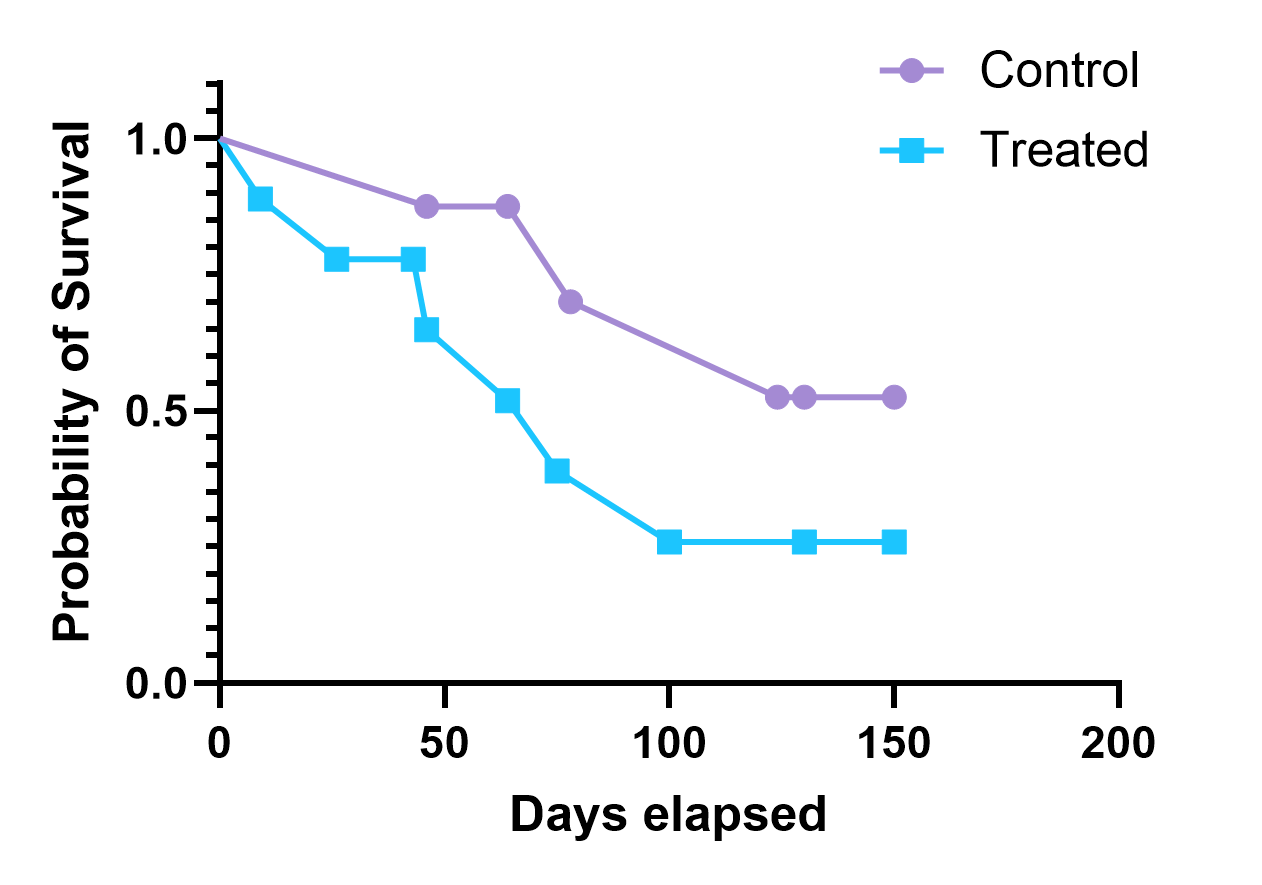
graphpad, survival, two groups, point